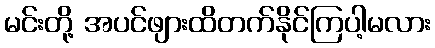
မင်းတို့ အပင်ဖျားထိတက်နိုင်ကြပါ့မလား